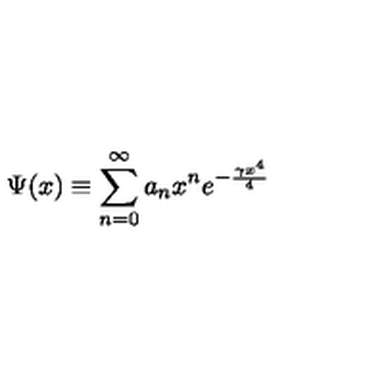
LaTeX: \Psi ( x ) \equiv \sum _ { n = 0 } ^ { \infty } a _ { n } x ^ { n } e ^ { - \frac { \gamma x ^ { 4 } } 4 }